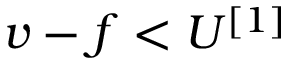
v - f < U ^ { [ 1 ] }